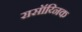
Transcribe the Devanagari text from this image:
रासॉय्निक